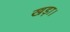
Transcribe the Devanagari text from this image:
खड़ा।